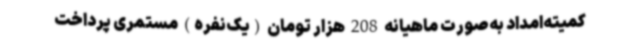
کمیته‌امداد به‌صورت ماهیانه 208 هزار تومان (یک‌نفره) مستمری پرداخت